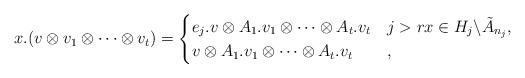
LaTeX: \begin{align*}x.(v\otimes v_1\otimes\dots\otimes v_t)=\begin{cases}e_j.v\otimes A_1.v_1\otimes\dots\otimes A_t.v_t&j>rx\in H_j\backslash\tilde{A}_{n_j},\\v\otimes A_1.v_1\otimes\dots\otimes A_t.v_t&,\end{cases}\end{align*}